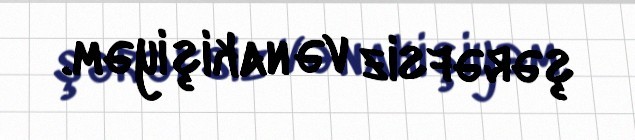
şərəfsiz və nakişiyəm.